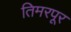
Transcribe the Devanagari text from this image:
तिमरपूर